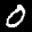
Label: 0